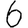
Digit: 6